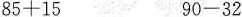
85+15 90-32